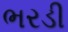
ભરડી